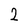
Character: 2